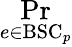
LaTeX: \operatorname*{Pr}_{e\in{\mathrm{BSC}}_{p}}